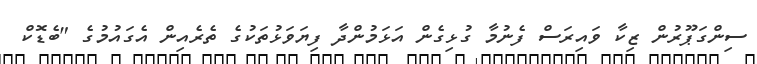
ސިންގަޕޫރުން ޒިކާ ވައިރަސް ފެނުމާ ގުޅިގެން އަޅަމުންދާ ފިޔަވަޅުތަކުގެ ތެރެއިން އެގައުމުގެ "ބެޑޮކް